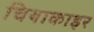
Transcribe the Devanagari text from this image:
चियाकाइर